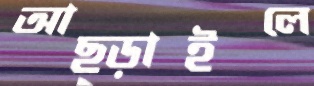
আছ্‌ড়াইলে